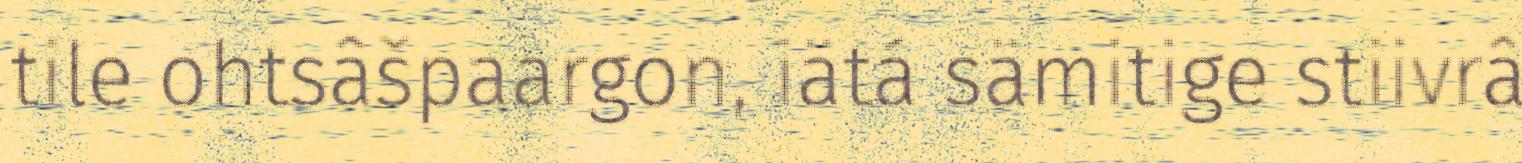
tile ohtsâšpaargon, iätá sämitige stiivrâ